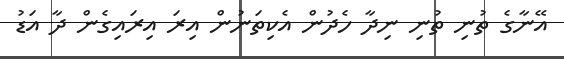
އޭނާގެ ތުނި ތުނި ނިދާ ހެދުން އެކިތަނުން އިރަ އިރައިގެން ދާ އަޑު